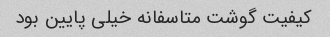
کیفیت گوشت متاسفانه خیلی پایین بود